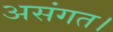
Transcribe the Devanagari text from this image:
असंगत।